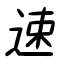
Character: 速